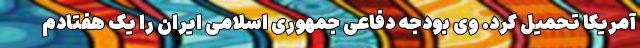
آمریکا تحمیل کرد. وی ‌بودجه دفاعی جمهوری اسلامی ایران را یک هفتادم‌